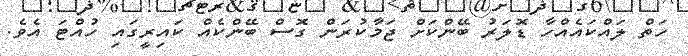
ހަތް ލައްކައެއްހާ ޑޮލަރު ބޭންކަށް ޖަމާކުރަން ގޮސް ބޭންކެއް ކައިރީގައި ހުއްޓަ އެވެ.